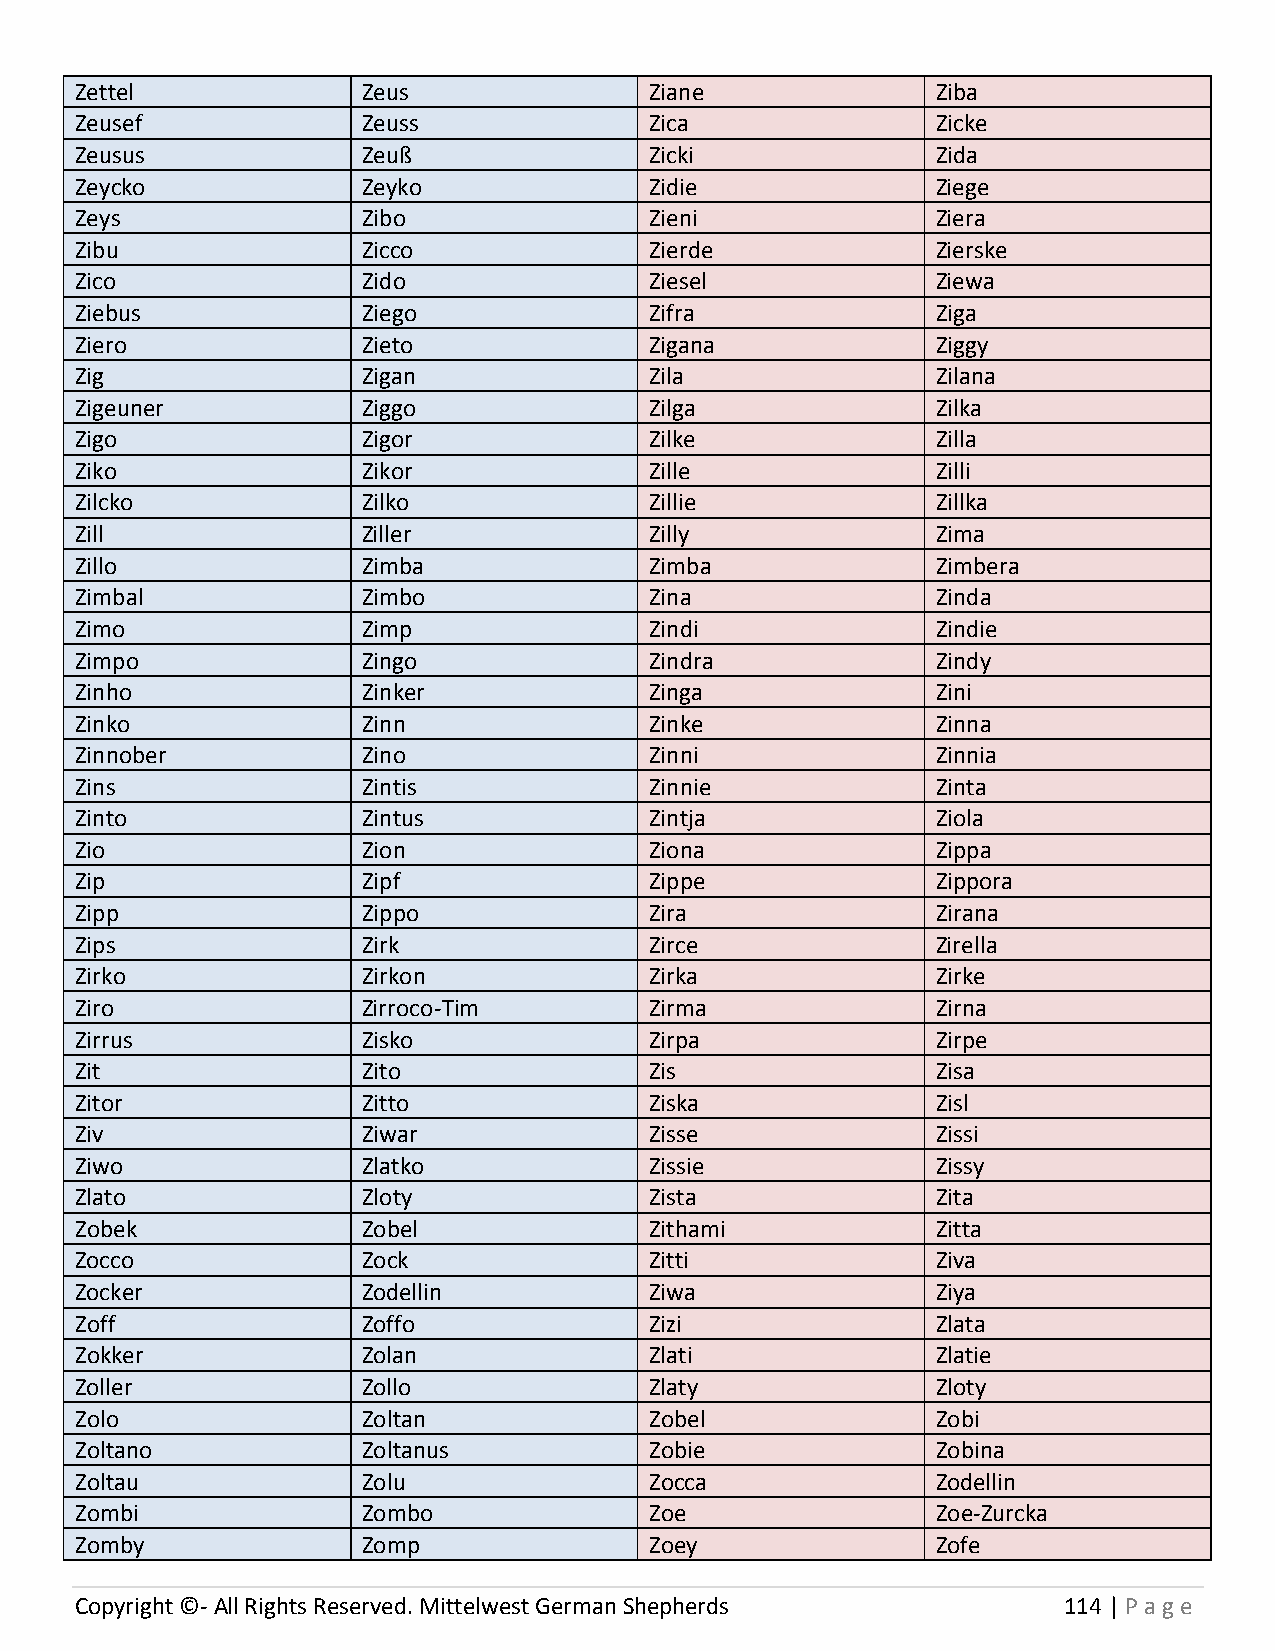
Zettel             Zeus               Ziane              Ziba
 Zeusef             Zeuss              Zica               Zicke
 Zeusus             Zeuß               Zicki              Zida
 Zeycko             Zeyko              Zidie              Ziege
 Zeys               Zibo               Zieni              Ziera
 Zibu               Zicco              Zierde             Zierske
 Zico               Zido               Ziesel             Ziewa
 Ziebus             Ziego              Zifra              Ziga
 Ziero              Zieto              Zigana             Ziggy
 Zig                Zigan              Zila               Zilana
 Zigeuner           Ziggo              Zilga              Zilka
 Zigo               Zigor              Zilke              Zilla
 Ziko               Zikor              Zille              Zilli
 Zilcko             Zilko              Zillie             Zillka
 Zill               Ziller             Zilly              Zima
 Zillo              Zimba              Zimba              Zimbera
 Zimbal             Zimbo              Zina               Zinda
 Zimo               Zimp               Zindi              Zindie
 Zimpo              Zingo              Zindra             Zindy
 Zinho              Zinker             Zinga              Zini
 Zinko              Zinn               Zinke              Zinna
 Zinnober           Zino               Zinni              Zinnia
 Zins               Zintis             Zinnie             Zinta
 Zinto              Zintus             Zintja             Ziola
 Zio                Zion               Ziona              Zippa
 Zip                Zipf               Zippe              Zippora
 Zipp               Zippo              Zira               Zirana
 Zips               Zirk               Zirce              Zirella
 Zirko              Zirkon             Zirka              Zirke
 Ziro               Zirroco-Tim        Zirma              Zirna
 Zirrus             Zisko              Zirpa              Zirpe
 Zit                Zito               Zis                Zisa
 Zitor              Zitto              Ziska              Zisl
 Ziv                Ziwar              Zisse              Zissi
 Ziwo               Zlatko             Zissie             Zissy
 Zlato              Zloty              Zista              Zita
 Zobek              Zobel              Zithami            Zitta
 Zocco              Zock               Zitti              Ziva
 Zocker             Zodellin           Ziwa               Ziya
 Zoff               Zoffo              Zizi               Zlata
 Zokker             Zolan              Zlati              Zlatie
 Zoller             Zollo              Zlaty              Zloty
 Zolo               Zoltan             Zobel              Zobi
 Zoltano            Zoltanus           Zobie              Zobina
 Zoltau             Zolu               Zocca              Zodellin
 Zombi              Zombo              Zoe                Zoe-Zurcka
 Zomby              Zomp               Zoey               Zofe
 Copyright ©- All Rights Reserved. Mittelwest German Shepherds    114 | P age